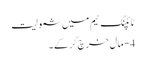
ٹائپنگ ٹیم میں شمولیت
4 - مال خرچ کر کے ۔